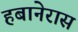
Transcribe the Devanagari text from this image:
हबानेरास